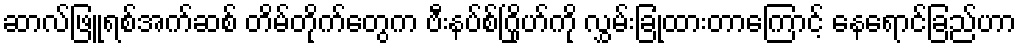
ဆာလ်ဖြူရစ်အက်ဆစ် တိမ်တိုက်တွေက ဗီးနပ်စ်ဂြိုဟ်ကို လွှမ်းခြုံထားတာကြောင့် နေရောင်ခြည်ဟာ